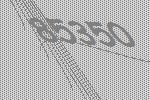
85350